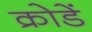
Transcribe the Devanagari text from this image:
क्रोडें